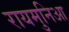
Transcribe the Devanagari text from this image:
रायमुनिआ